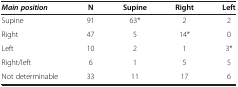
<table><thead><tr><td><b><i>Main position</i></b></td><td><b>N</b></td><td><b>Supine</b></td><td><b>Right</b></td><td><b>Left</b></td></tr></thead><tbody><tr><td>Supine</td><td>91</td><td>63*</td><td>2</td><td>2</td></tr><tr><td>Right</td><td>47</td><td>5</td><td>14*</td><td>0</td></tr><tr><td>Left</td><td>10</td><td>2</td><td>1</td><td>3*</td></tr><tr><td>Right/left</td><td>6</td><td>1</td><td>5</td><td>5</td></tr><tr><td>Not determinable</td><td>33</td><td>11</td><td>17</td><td>6</td></tr></tbody></table>